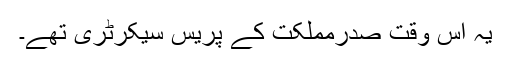
یہ اس وقت صدرمملکت کے پریس سیکرٹری تھے۔